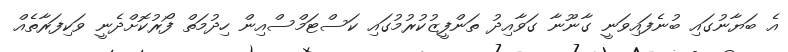
އެ ބަޔާނުގައި ބުނެފައިވަނީ ގާނޫނާ ގަވާއިދު ތަންފީޒުކުރުމުގައި ކަސްޓަމްސްއިން ހިދުމަތް ފޯރުކޮށްދެނީ ވަކިފަރާތެއް